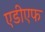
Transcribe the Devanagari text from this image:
एडीएफ